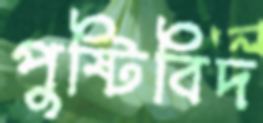
পুষ্টিবিদ